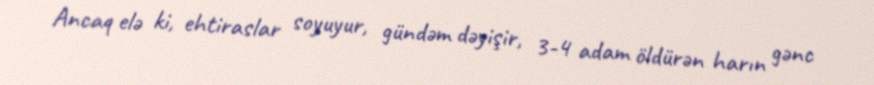
Ancaq elə ki, ehtiraslar soyuyur, gündəm dəyişir, 3-4 adam öldürən harın gənc